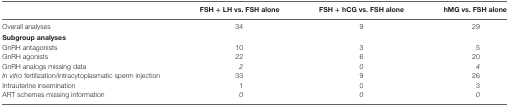
|  | FSH + LH vs. FSH alone | FSH + hCG vs. FSH alone | hMG vs. FSH alone |
 | --- | --- | --- | --- |
 | Overall analyses | 34 | 9 | 29 |
 | <COLSPAN=4> Subgroup analyses |
 | GnRH antagonists | 10 | 3 | 5 |
 | GnRH agonists | 22 | 6 | 20 |
 | GnRH analogs missing data | 2 | 0 | 4 |
 | In vitro fertilization/intracytoplasmatic sperm injection | 33 | 9 | 26 |
 | Intrauterine insemination | 1 | 0 | 3 |
 | ART schemes missing information | 0 | 0 | 0 |